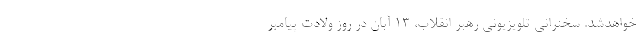
خواهدشد. سخنرانی تلویزیونی رهبر انقلاب، ۱۳ آبان در روز ولادت پیامبر